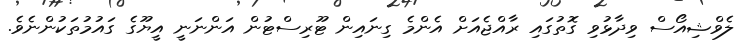
ލެވްޝިއޯސް ވިދާޅުވި ގޮތުގައި ރާއްޖެއަށް އެންމެ ގިނައިން ޓޫރިސްޓުން އަންނަނީ އީޔޫގެ ގައުމުތަކުންނެވެ.